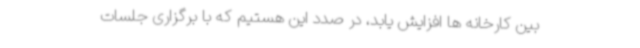
بین کارخانه ها افزایش یابد، در صدد این هستیم که با برگزاری جلسات